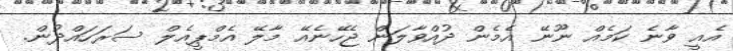
އެއީ ވާނެ ކަމެއް ނޫނޭ އެމެން ދުއްވާލަން ޖެހޭނެއޭ މާލޭ އެމްޕީއެލް ސަރަހައްދުން.